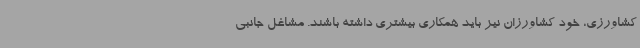
کشاورزی، خود کشاورزان نیز باید همکاری بیشتری داشته باشند. مشاغل جانبی